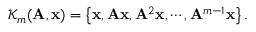
\mathcal { K } _ { m } ( \mathbf { A } , \mathbf { x } ) = \left\{ \mathbf { x } , \mathbf { A x } , \mathbf { A } ^ { 2 } \mathbf { x } , \cdots , \mathbf { A } ^ { m - 1 } \mathbf { x } \right\} .